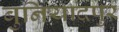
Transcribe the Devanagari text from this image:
बुनियादपुर